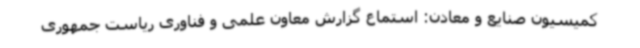
کمیسیون صنایع و معادن: استماع گزارش معاون علمی و فناوری ریاست جمهوری